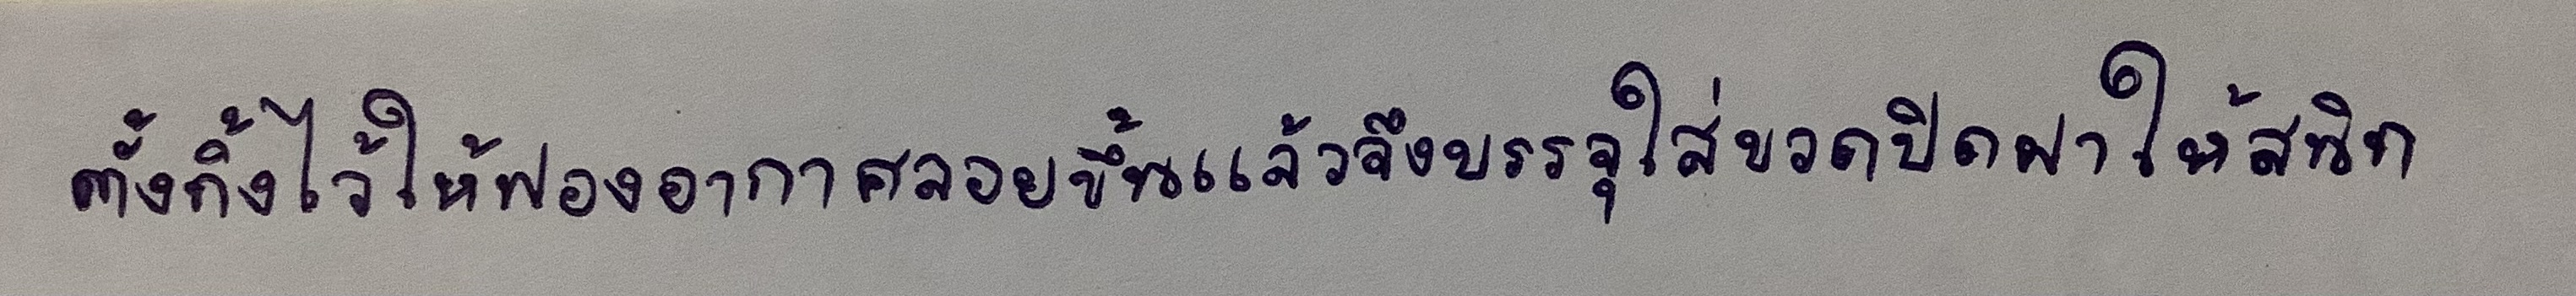
ตั้งทิ้งไว้ให้ฟองอากาศลอยขึ้นแล้วจึงบรรจุใส่ขวดปิดฝาให้สนิท